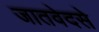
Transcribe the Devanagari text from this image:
जातवेदसे